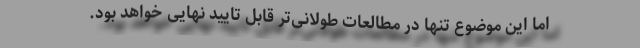
اما این موضوع تنها در مطالعات طولانی‌تر قابل تایید نهایی خواهد بود.